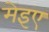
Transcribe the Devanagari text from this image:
मेइए